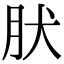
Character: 肰